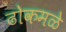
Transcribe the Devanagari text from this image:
ढोकमळे